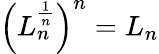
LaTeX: \left(L_{n}^{\frac{1}{n}}\right)^{n}=L_{n}